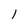
Character: l